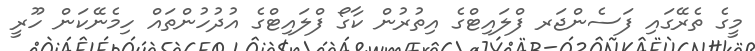
މީގެ ތެރޭގައި ފަސެންޖަރ ފްލައިޓްގެ އިތުރުން ކާގޯ ފްލައިޓްގެ އުދުހުންތައް ހިމެނޭކަން ހޫރީ